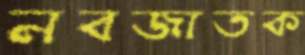
নবজাতক